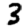
Digit: 3